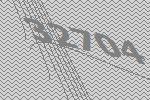
32704